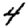
Digit: 4